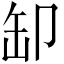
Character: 缷